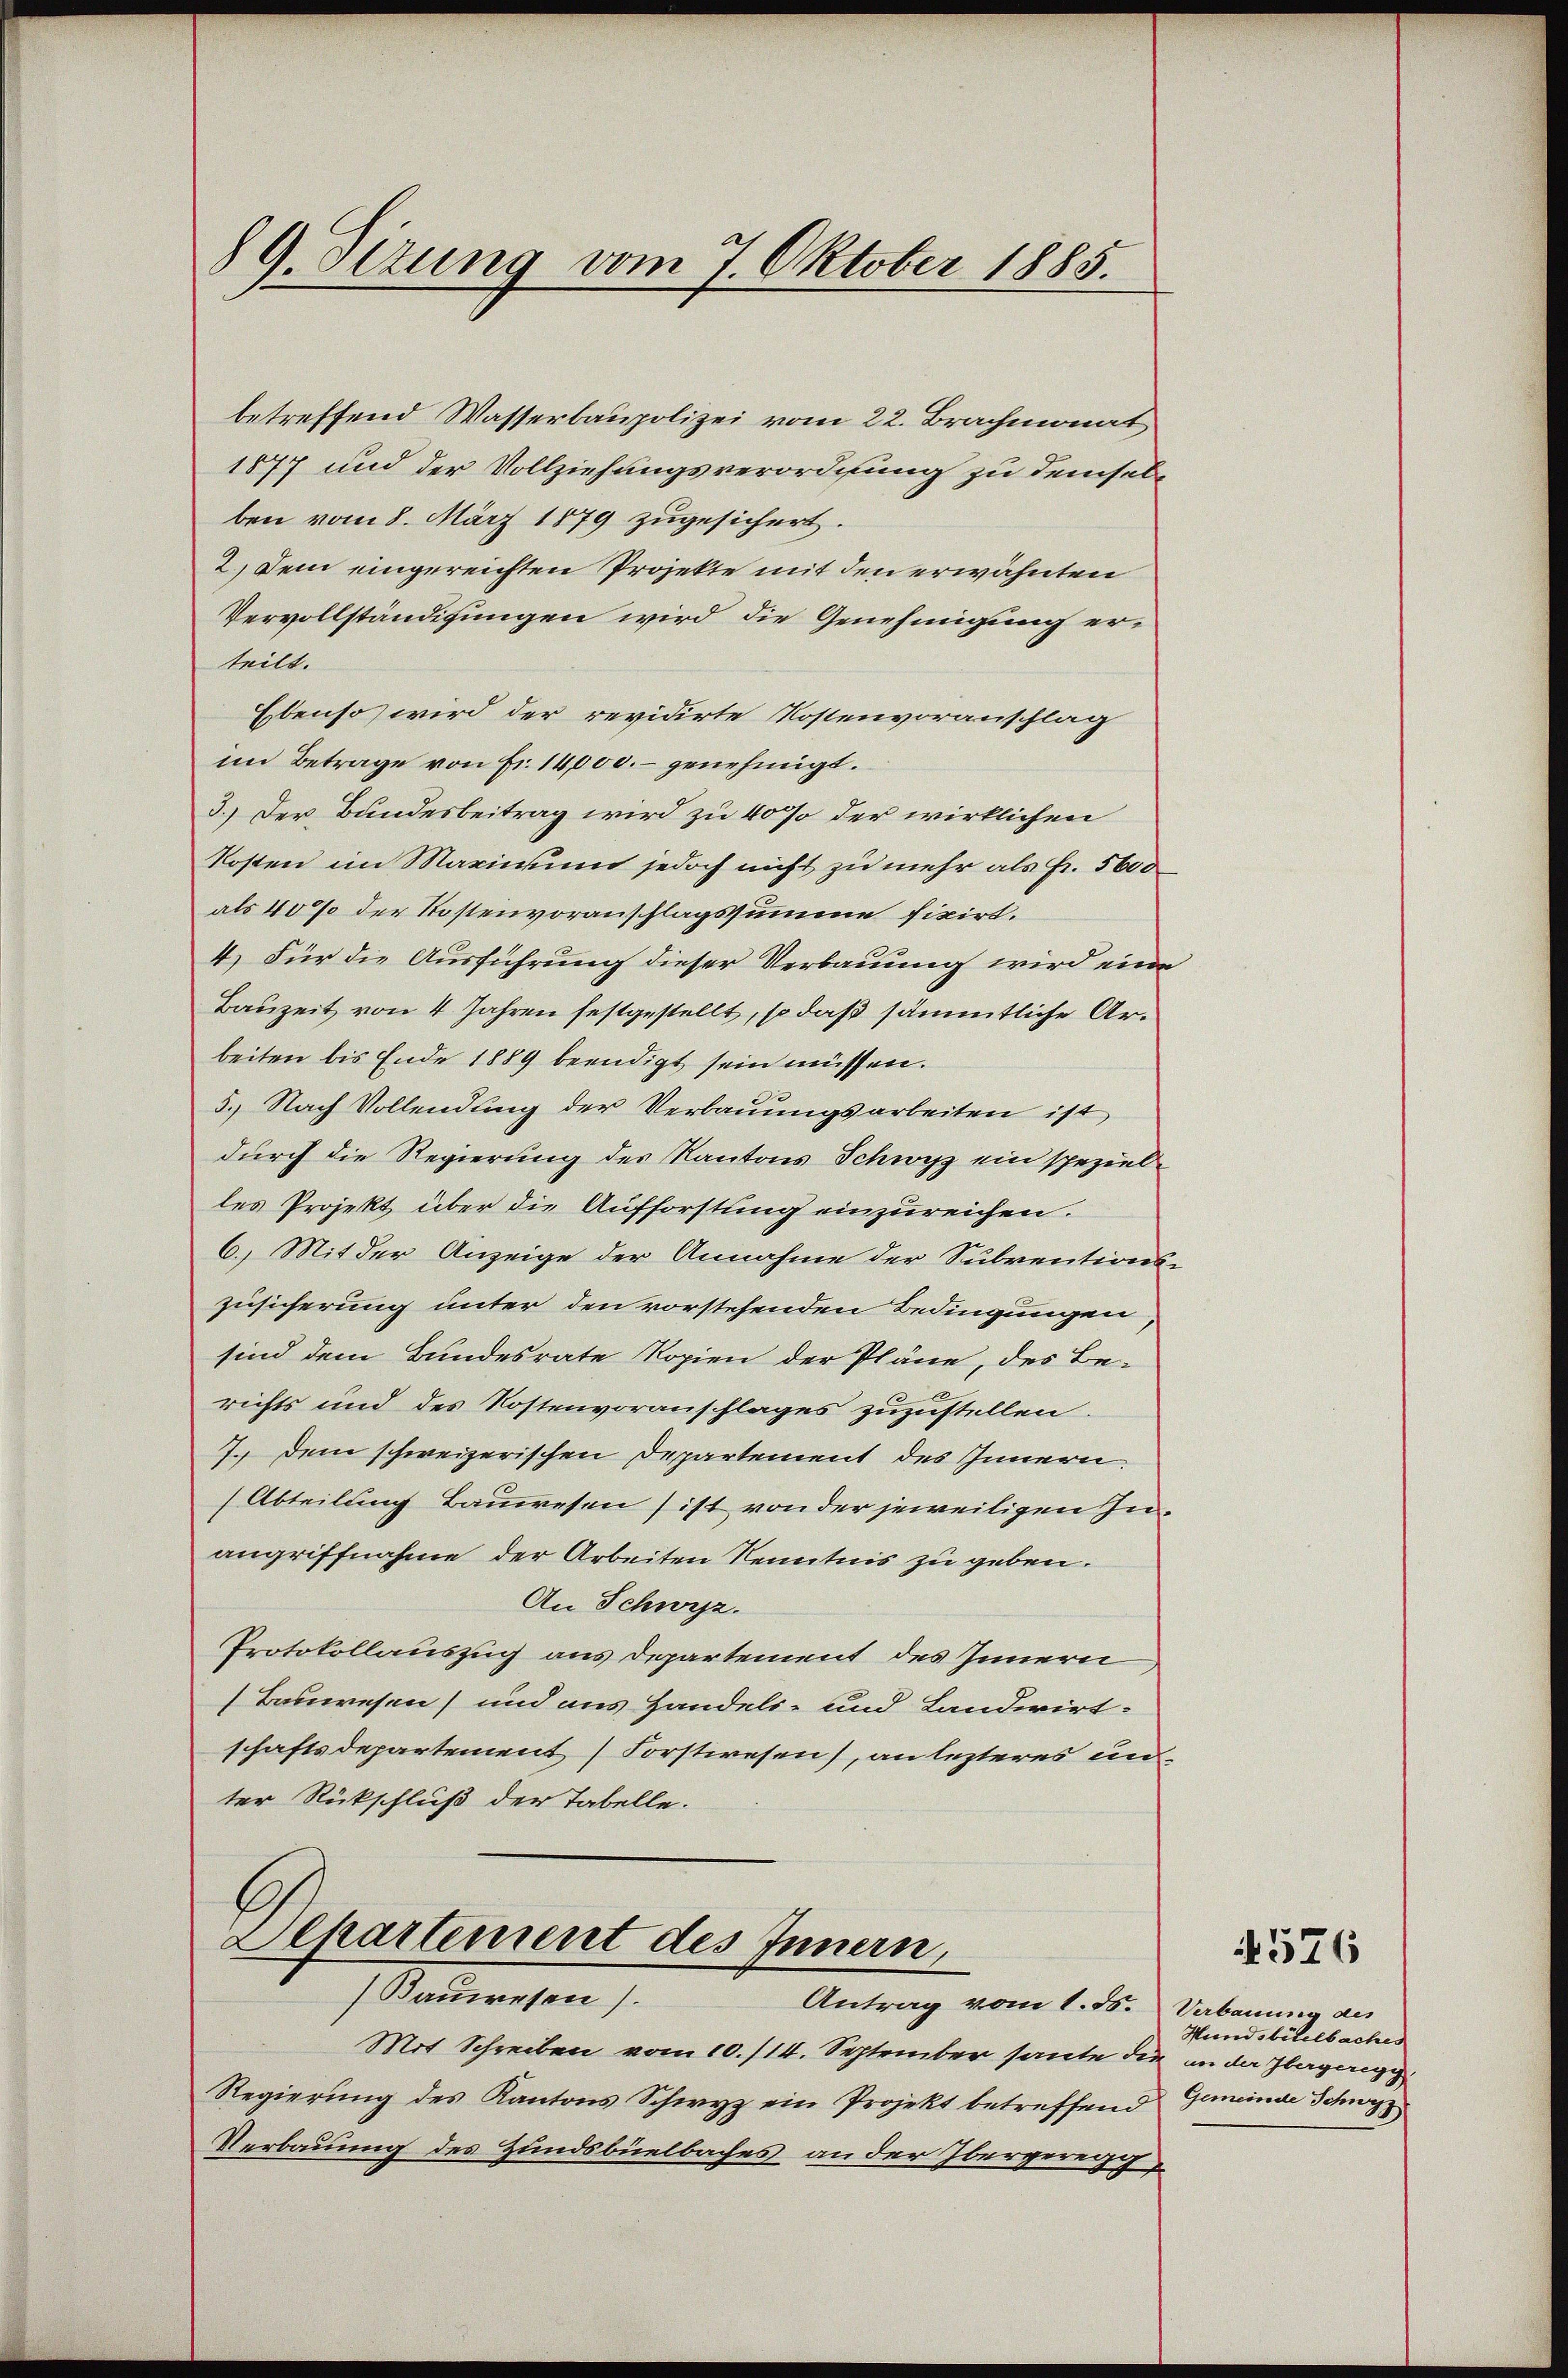
89. Ottung vom 7. Oktober 1885.

betreffend Wasserbaupolizei vom 22. Brachmonat
1877 und der Vollziehungsverordnung zu demselben vom 8. März 1879 zugesichert.
2.) Dem eingereichten Projekte mit den erwähnten
Vervollständigungen wird die Genehmigung erteilt.
Ebenso wird der revidirte Kostenvoranschlag
im Betrage von Fr. 14000.- genehmigt.
3.) Der Bundesbeitrag wird zu 40% der wirklichen
Kosten im Maximund jedoch nicht zu mehr als Fr. 5600
als 40% der Kostenvoranschlagssumme fixirt.
4.) Für die Ausführung dieser Verbauung wird eine
Bauzeit von 4 Jahren festgestellt, so daß sämmtliche Arbeiten bis Ende 1889 beendigt sein müssen.
5.) Nach Vollendung der Verbauungsarbeiten ist
durch die Regierung des Kantons Schwyz ein spezielles Projekt über die Aufforstung einzureichen.
6.) Mit der Anzeige der Annahme der Subventions-
Zusicherung unter den vorstehenden Bedingungen,
sind dem Bundesrate Kopien der Pläne, des Be-
richts und des Kostenvoranschlages zuzustellen.
7. Dem schweizerischen Departement des Innern.
(Abteilung Bauwesen ist von der jeweiligen Inangriffnahme der Arbeiten Kenntnis zu geben.
An Schwyz.
Protokollauszug aus Departement des Innern,
Bauwesen und aus Handels- und Landwirt-
schaftsdepartement Forstwesen, an lezteres unter Rückschluß der Tabelle.
Separtement des Innern,
Stadtwesen
Antrag vom 1. d. Verbauung des
Mit Schreiben vom 10./14. September haute die in der begang
Regierung des Kantons Schwyz ein Projekt betreffend Gemeinde Schwyz
Verbauung des Hundsbüelbaches an der Obergereich

4576

Hundsbitelbaches